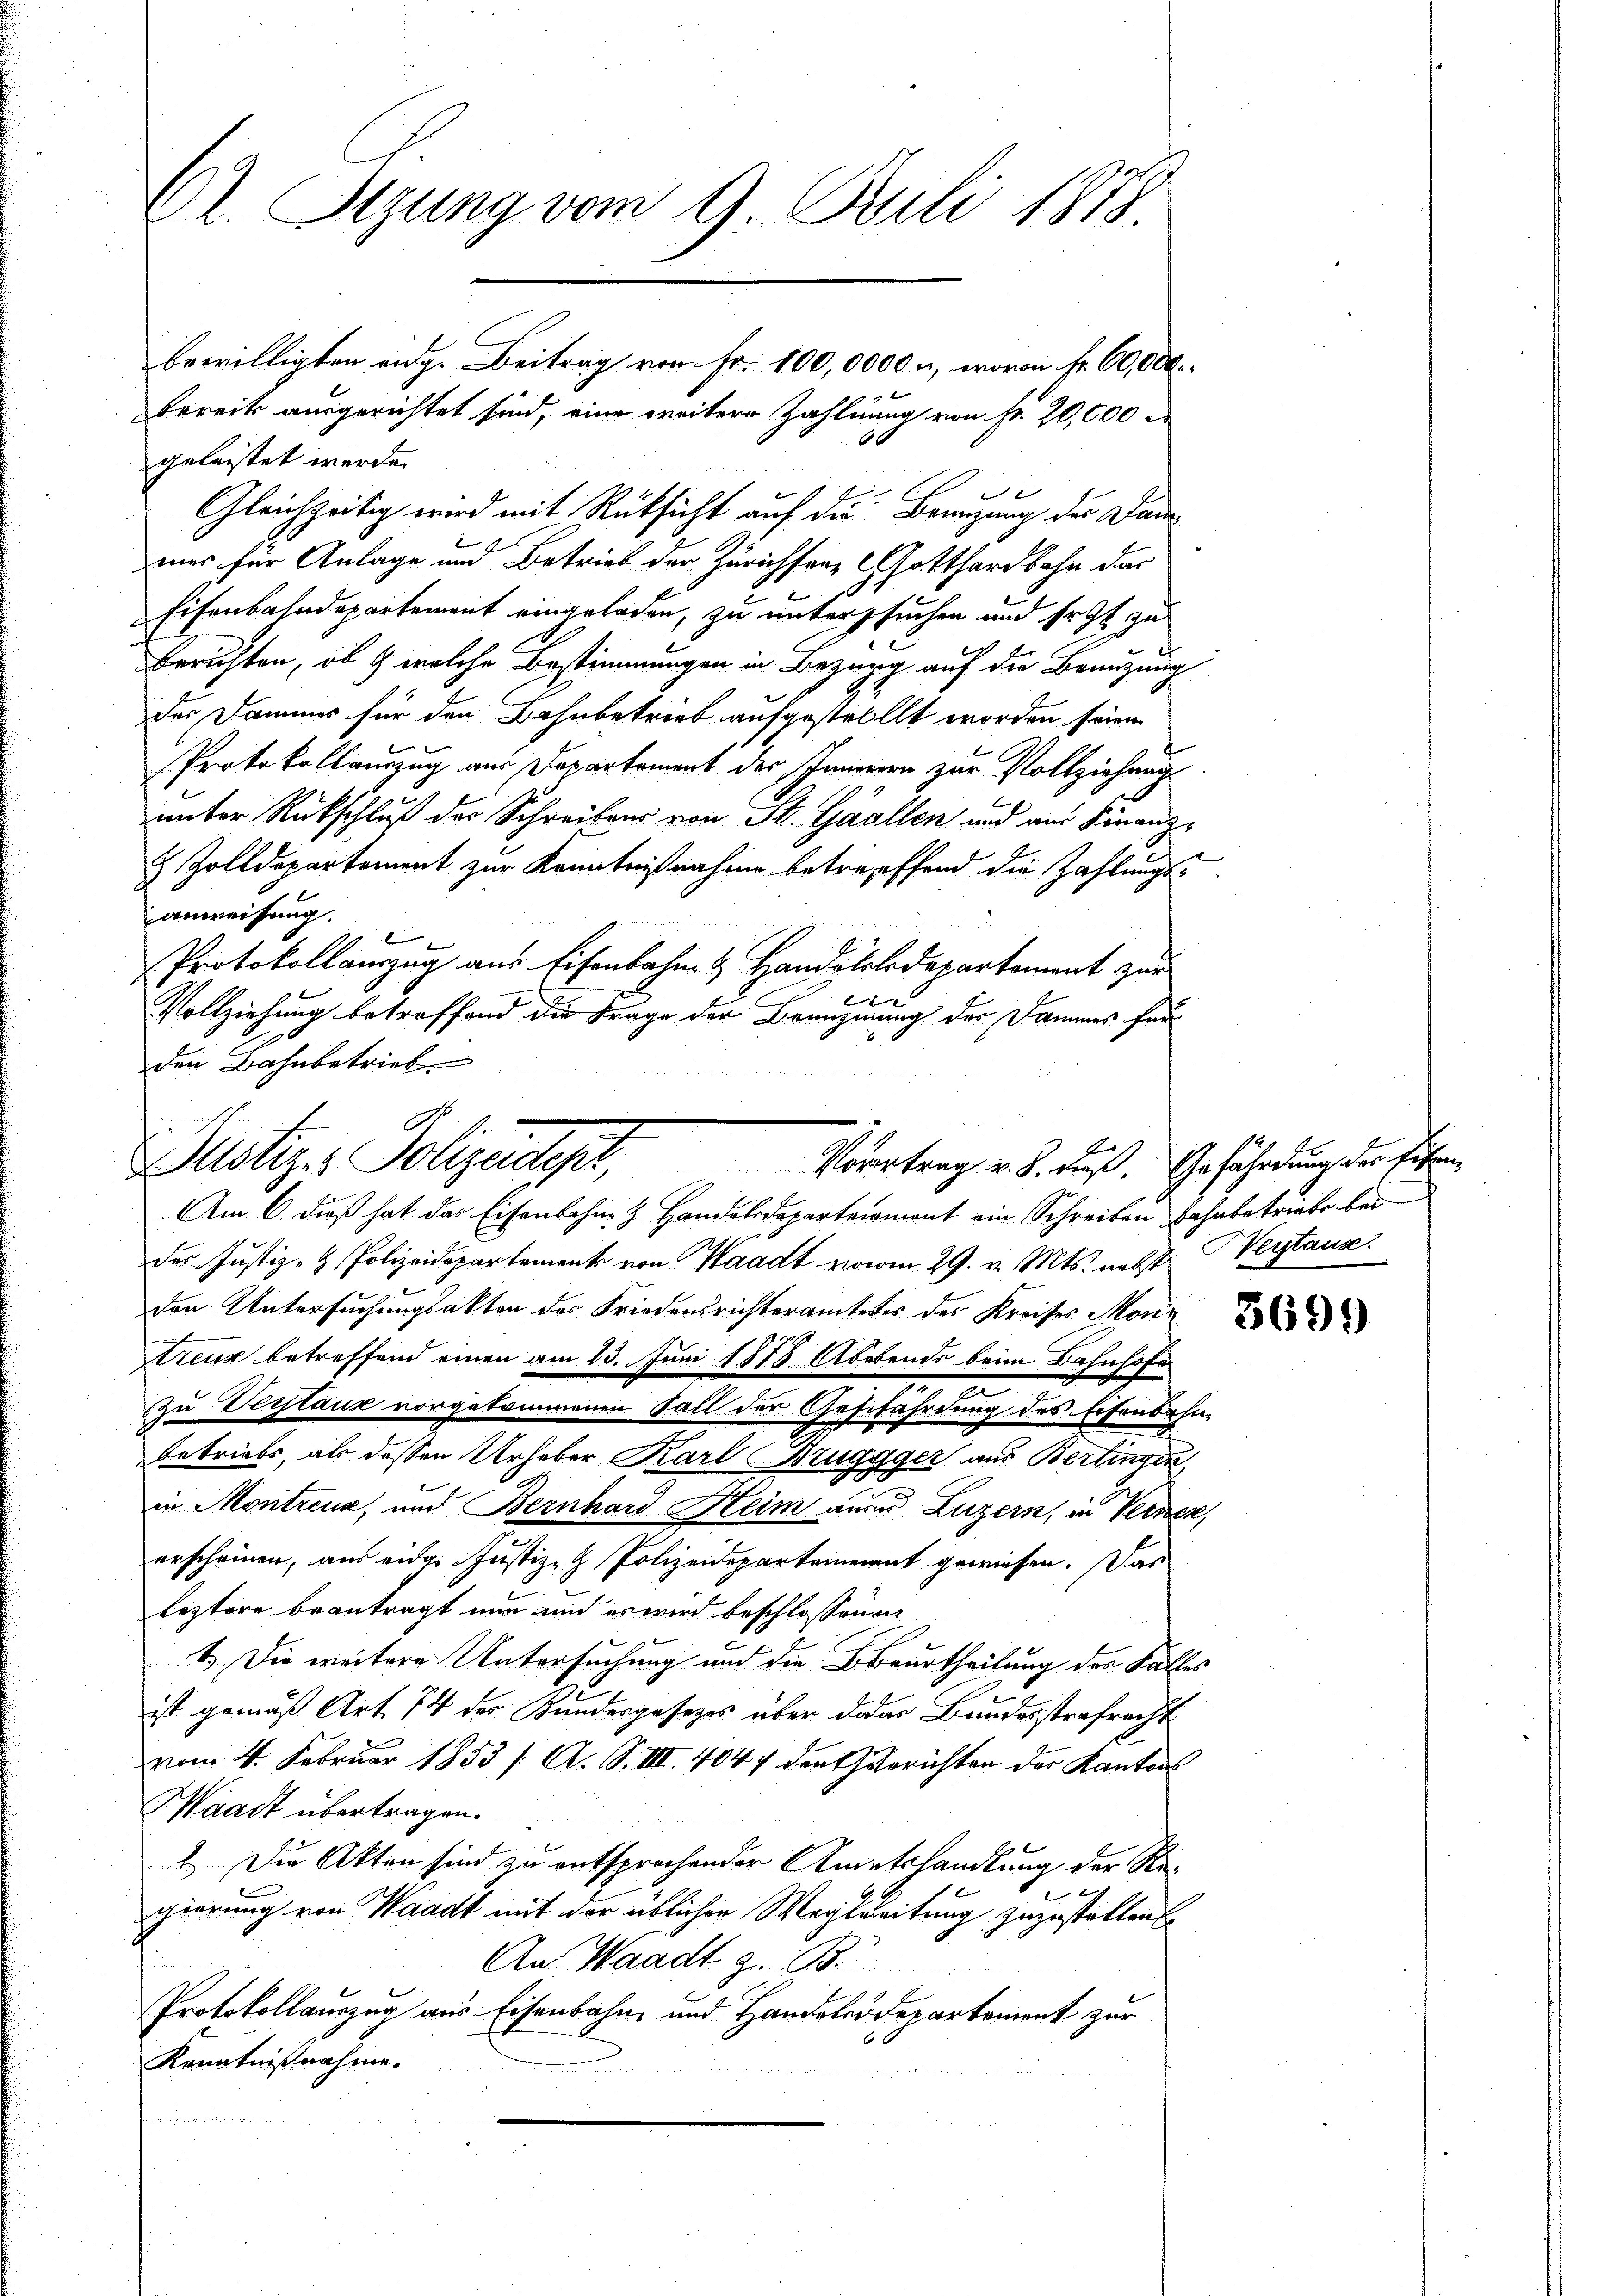
Dr. Stzung vom 9. Juli 1878

bereits ausgerichtet sind, eine weitere Zahlung von fr. 20,000
60
geleistet werde.
Gleichzeitig wird mit Rücksicht auf die Branzung der Daue
mes für Anlage und Betrieb der Zürichten, Gotthardbahn das
Eisenbahndepartement eingeladen, zu untersuchen und Erst zu
Berichten, ob & welche Bestimmungen in Bezug auf die Benutzung
der Dammer für den Bahnbetrieb aufgestellt worden seien
Protokollauszug aus Departement der Innerern zur Vollziehung
unter Rückschluß des Schreibens von St. Gallen und aus Finanz-
 Zolldepartement zur Kenntnißnahme betreffend die Zahlungsanweisung.
e
Protokollauszug aus Eisenbahn- & Handelslodepartement zur

Vollziehung betreffend die Frage der Brunzinnung der Dammes für
den Bahnbetrieb
des Justiz- & Polizeidepartement von Waadt vom 29. v. Mts. nebst Verstaus
den Untersuchungsakten des Friedensrichteramtetes des Kreises Montreue betreffend einen am 13. Juni 1878 Aberends beim Bahnhofe
zu Verstauz vorgekommenen Fall der Geschährdung des Eisenbahn-
Betriebs, als dessen Urheber Karl Bruggger aus Bertingen,
9
in Montreux, und Bernhard Heim aus Luzern, in Verner,
erscheinen, aus eidg. Justiz- & Polizeidepartement gewiesen. Das
leztere beantragt nun und es wird beschlossenen
1.) Die weitere Untersuchung und die Beurtheilung des Falles
ist gemäß Art. 74 der Kundergesetzes über daar Bundesstrafrecht
vom 4. Februar 1853 /: A. S. III. 4047 den gerichten der Kantons
Waadt übertragen.
1.) Die Akten sind zu entsprochender Amtshandlung der Re¬
Bennen Bere
gierung von Waadt mit der üblichen Wegleitung zuzustatten
An Waadt z. B.
Protokollauszug aus Eisenbahn und Handeleidepartement zur
Kenntnißnahme.

bewilligten ange Beitrag vom Fr. 100,0000 n, wovon Fr. 60,000.

Justiz-Polizeidiger,
Vorertrag v. 8. d. Gefährdung der Eisen¬
Am 6. dieß hat das Eisenbahn- & Handelsdepartement ein Schreiben Bahnbetriebe bei

3699